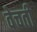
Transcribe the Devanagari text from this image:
वेचती